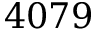
4 0 7 9